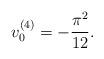
LaTeX: \begin{align*}v_0^{(4)}=-\frac{\pi^2}{12}.\end{align*}